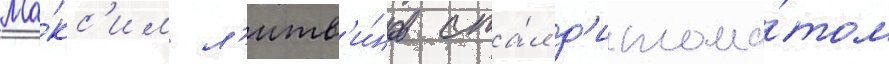
Ма́кс'им л'итв'и́нов ста́л д'иплома́том